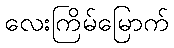
လေးကြိမ်မြောက်